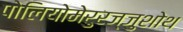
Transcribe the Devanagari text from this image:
पोलियोमेरुरज्जुशोथ